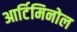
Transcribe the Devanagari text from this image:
आर्टिमिनोल